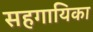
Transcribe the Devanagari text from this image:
सहगायिका